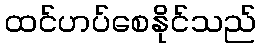
ထင်ဟပ်စေနိုင်သည်